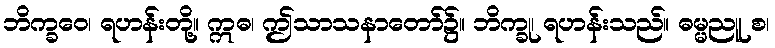
ဘိက္ခဝေ၊ ရဟန်းတို့။ ဣဓ၊ ဤသာသနာတော်၌။ ဘိက္ခု၊ ရဟန်းသည်။ ဓမ္မညူ စ၊